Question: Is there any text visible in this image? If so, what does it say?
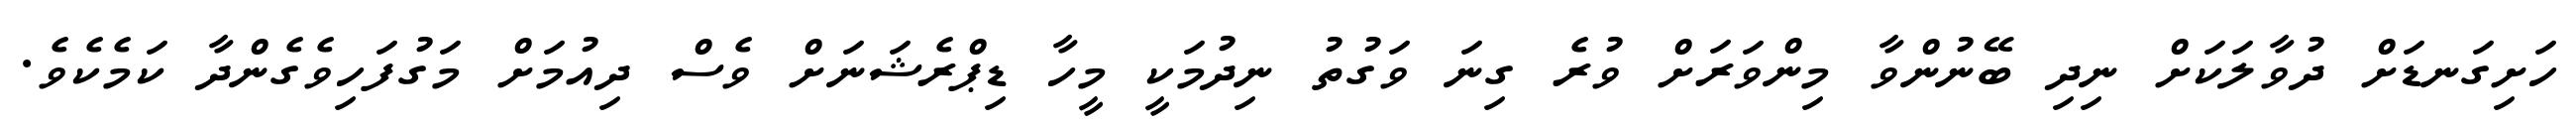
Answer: ހަށިގަނޑަށް ދުވާލަކަށް ނިދި ބޭނުންވާ މިންވަރަށް ވުރެ ގިނަ ވަގުތު ނިދުމަކީ މީހާ ޑިޕްރެޝަނަށް ވެސް ދިއުމަށް މަގުފަހިވެގެންދާ ކަމެކެވެ.